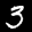
Label: 3